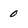
Character: 0